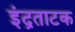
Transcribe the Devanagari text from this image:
इंद्रताटक